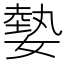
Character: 𡠦